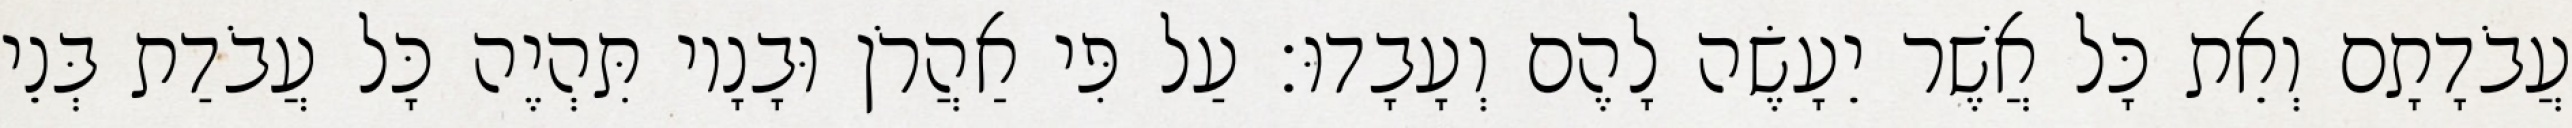
עֲבֹדָתָם וְאֵת כָּל אֲשֶׁר יֵעָשֶׂה לָהֶם וְעָבָדוּ׃ עַל פִּי אַהֲרֹן וּבָנָיו תִּהְיֶה כָּל עֲבֹדַת בְּנֵי